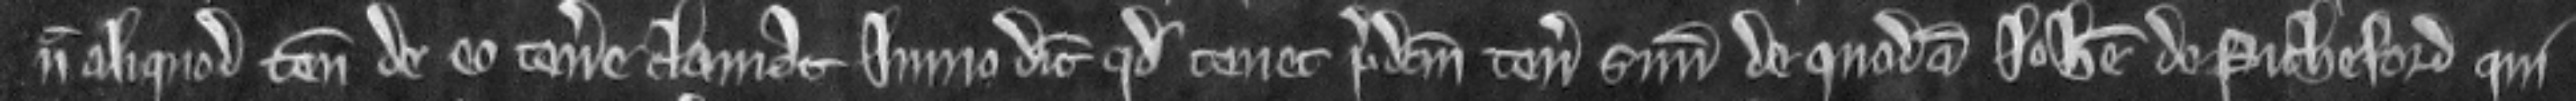
nec aliquod tenementum de eo tenere clamat. Immo dicit quod tenet predictum tenementum suum de quodam Johanne de Picheford qui